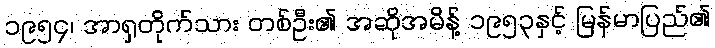
၁၉၅၄၊ အာရှတိုက်သား တစ်ဦး၏ အဆိုအမိန့် ၁၉၅၃နှင့် မြန်မာပြည်၏